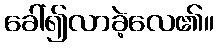
ခေါ်၍လာခဲ့လေ၏။